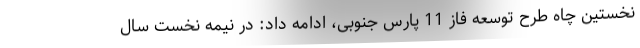
نخستین چاه طرح توسعه فاز 11 پارس جنوبی، ادامه داد: در نیمه نخست سال